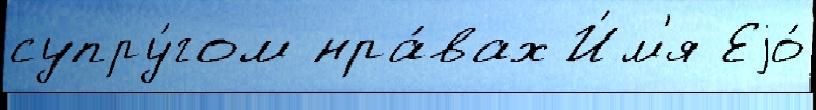
супру́гом нра́вах И́м'я Еjо́